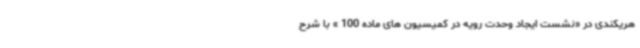
هریکندی در «نشست ایجاد وحدت رویه در کمیسیون های ماده 100 » با شرح